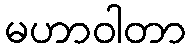
မဟာဝါတာ